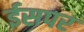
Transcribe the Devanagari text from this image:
ईसपर